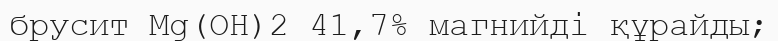
брусит Mg(OH)2 41,7% магнийді құрайды;